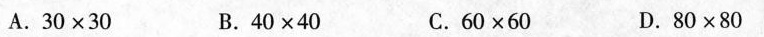
A.$$3 0 × 3 0$$ B.$$4 0 × 4 0$$ C.$$6 0 × 6 0$$ D.$$8 0 × 8 0$$